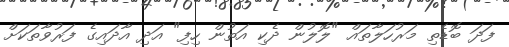
ފަދަ ބޮޑެތި މަރުހަލާތައް "ލޮލުން ދެކި އަތުން ހިފި" އަދި އާދައިގެ ފަރުވާތަކަށް